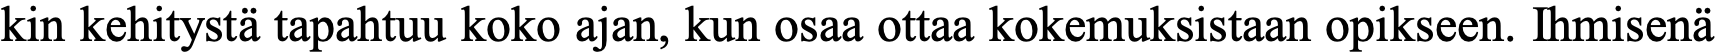
kin kehitystä tapahtuu koko ajan, kun osaa ottaa kokemuksistaan opikseen. Ihmisenä